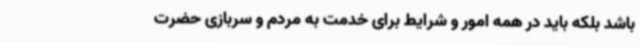
باشد بلکه باید در همه امور و شرایط برای خدمت به مردم و سربازی حضرت